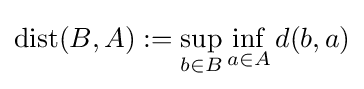
\mathrm {dist} (B,A):=\sup _{b\in B}\inf _{a\in A}d(b,a)